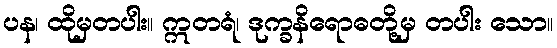
ပန၊ ထိုမှတပါး။ ဣတရံ၊ ဒုက္ခနိရောဓတို့မှ တပါး သော။